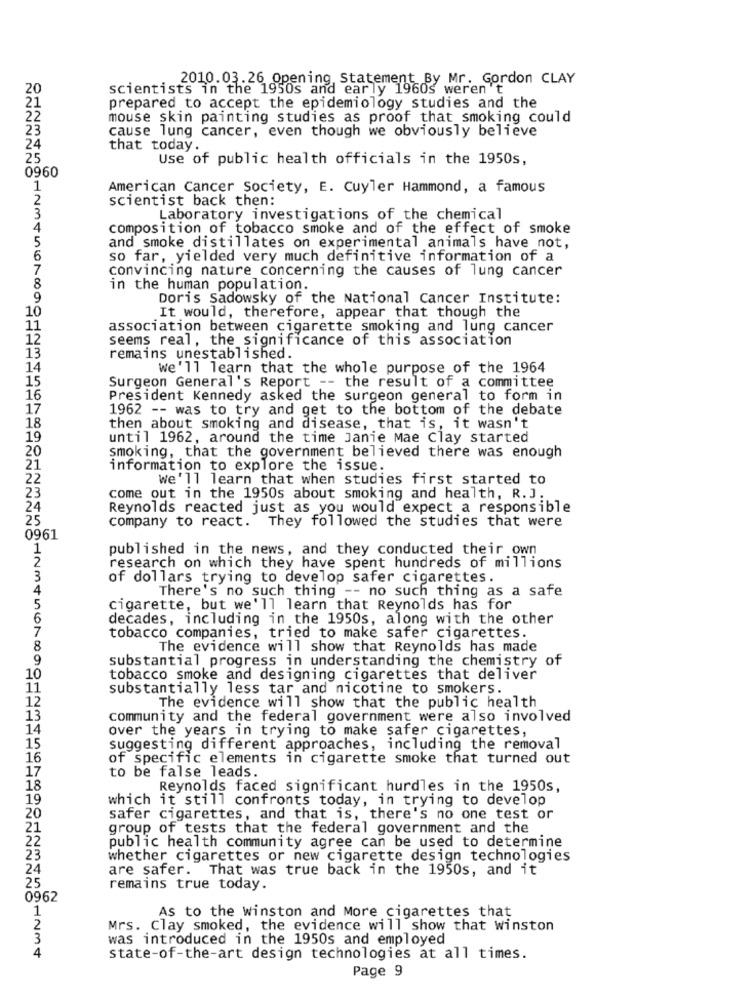
2010.03.26 Opening, Statement By Mr. Gordon CLAY
20
scientists in the 1950s and early 1960s weren't
21
prepared to accept the epidemiology studies and the
22
mouse skin painting studies as proof that smoking could
23
cause lung cancer, even though we obviously believe
24
that today.
25
Use of public health officials in the 1950s,
0960
1
American Cancer Society, E. Cuyler Hammond, a famous
2
scientist back then:
3
Laboratory investigations of the chemical
4
composition of tobacco smoke and of the effect of smoke
5
and smoke distillates on experimental animals have not,
6
so far, yielded very much definitive information of a
7
convincing nature concerning the causes of lung cancer
8
in the human population.
9
Doris Sadowsky of the National Cancer Institute:
10
It would, therefore, appear that though the
11
association between cigarette smoking and lung cancer
12
seems real, the significance of this association
13
remains unestablished.
14
We'll learn that the whole purpose of the 1964
Surgeon General's Report -- the result of a committee
15
16
President Kennedy asked the surgeon general to form in
17
1962 -- was to try and get to the bottom of the debate
18
then about smoking and disease, that is, it wasn't
19
until 1962, around the time Janie Mae Clay started
20
smoking, that the government believed there was enough
21
information to explore the issue.
22
We'll learn that when studies first started to
23
come out in the 1950s about smoking and health, R. J.
24
Reynolds reacted just as you would expect a responsible
25
company to react. They followed the studies that were
0961
1
published in the news, and they conducted their own
research on which they have spent hundreds of millions
3
of dollars trying to develop safer cigarettes.
4
There's no such thing -- no such thing as a safe
5
cigarette, but we'll learn that Reynolds has for
6
decades, including in the 1950s, along with the other
7
tobacco companies, tried to make safer cigarettes.
8
The evidence will show that Reynolds has made
9
substantial progress in understanding the chemistry of
10
tobacco smoke and designing cigarettes that deliver
11
substantially less tar and nicotine to smokers.
12
The evidence will show that the public health
13
community and the federal government were also involved
14
over the years in trying to make safer cigarettes,
15
suggesting different approaches, including the removal
16
of specific elements in cigarette smoke that turned out
17
to be false leads.
18
Reynolds faced significant hurdles in the 1950s,
19
which it still confronts today, in trying to develop
20
safer cigarettes, and that is, there's no one test or
21
group of tests that the federal government and the
22
public health community agree can be used to determine
23
whether cigarettes or new cigarette design technologies
24
are safer. That was true back in the 1950s, and it
25
remains true today.
0962
1
As to the winston and More cigarettes that
2
Mrs. Clay smoked, the evidence will show that winston
3
was introduced in the 1950s and employed
4
state-of-the-art design technologies at all times.
Page 9